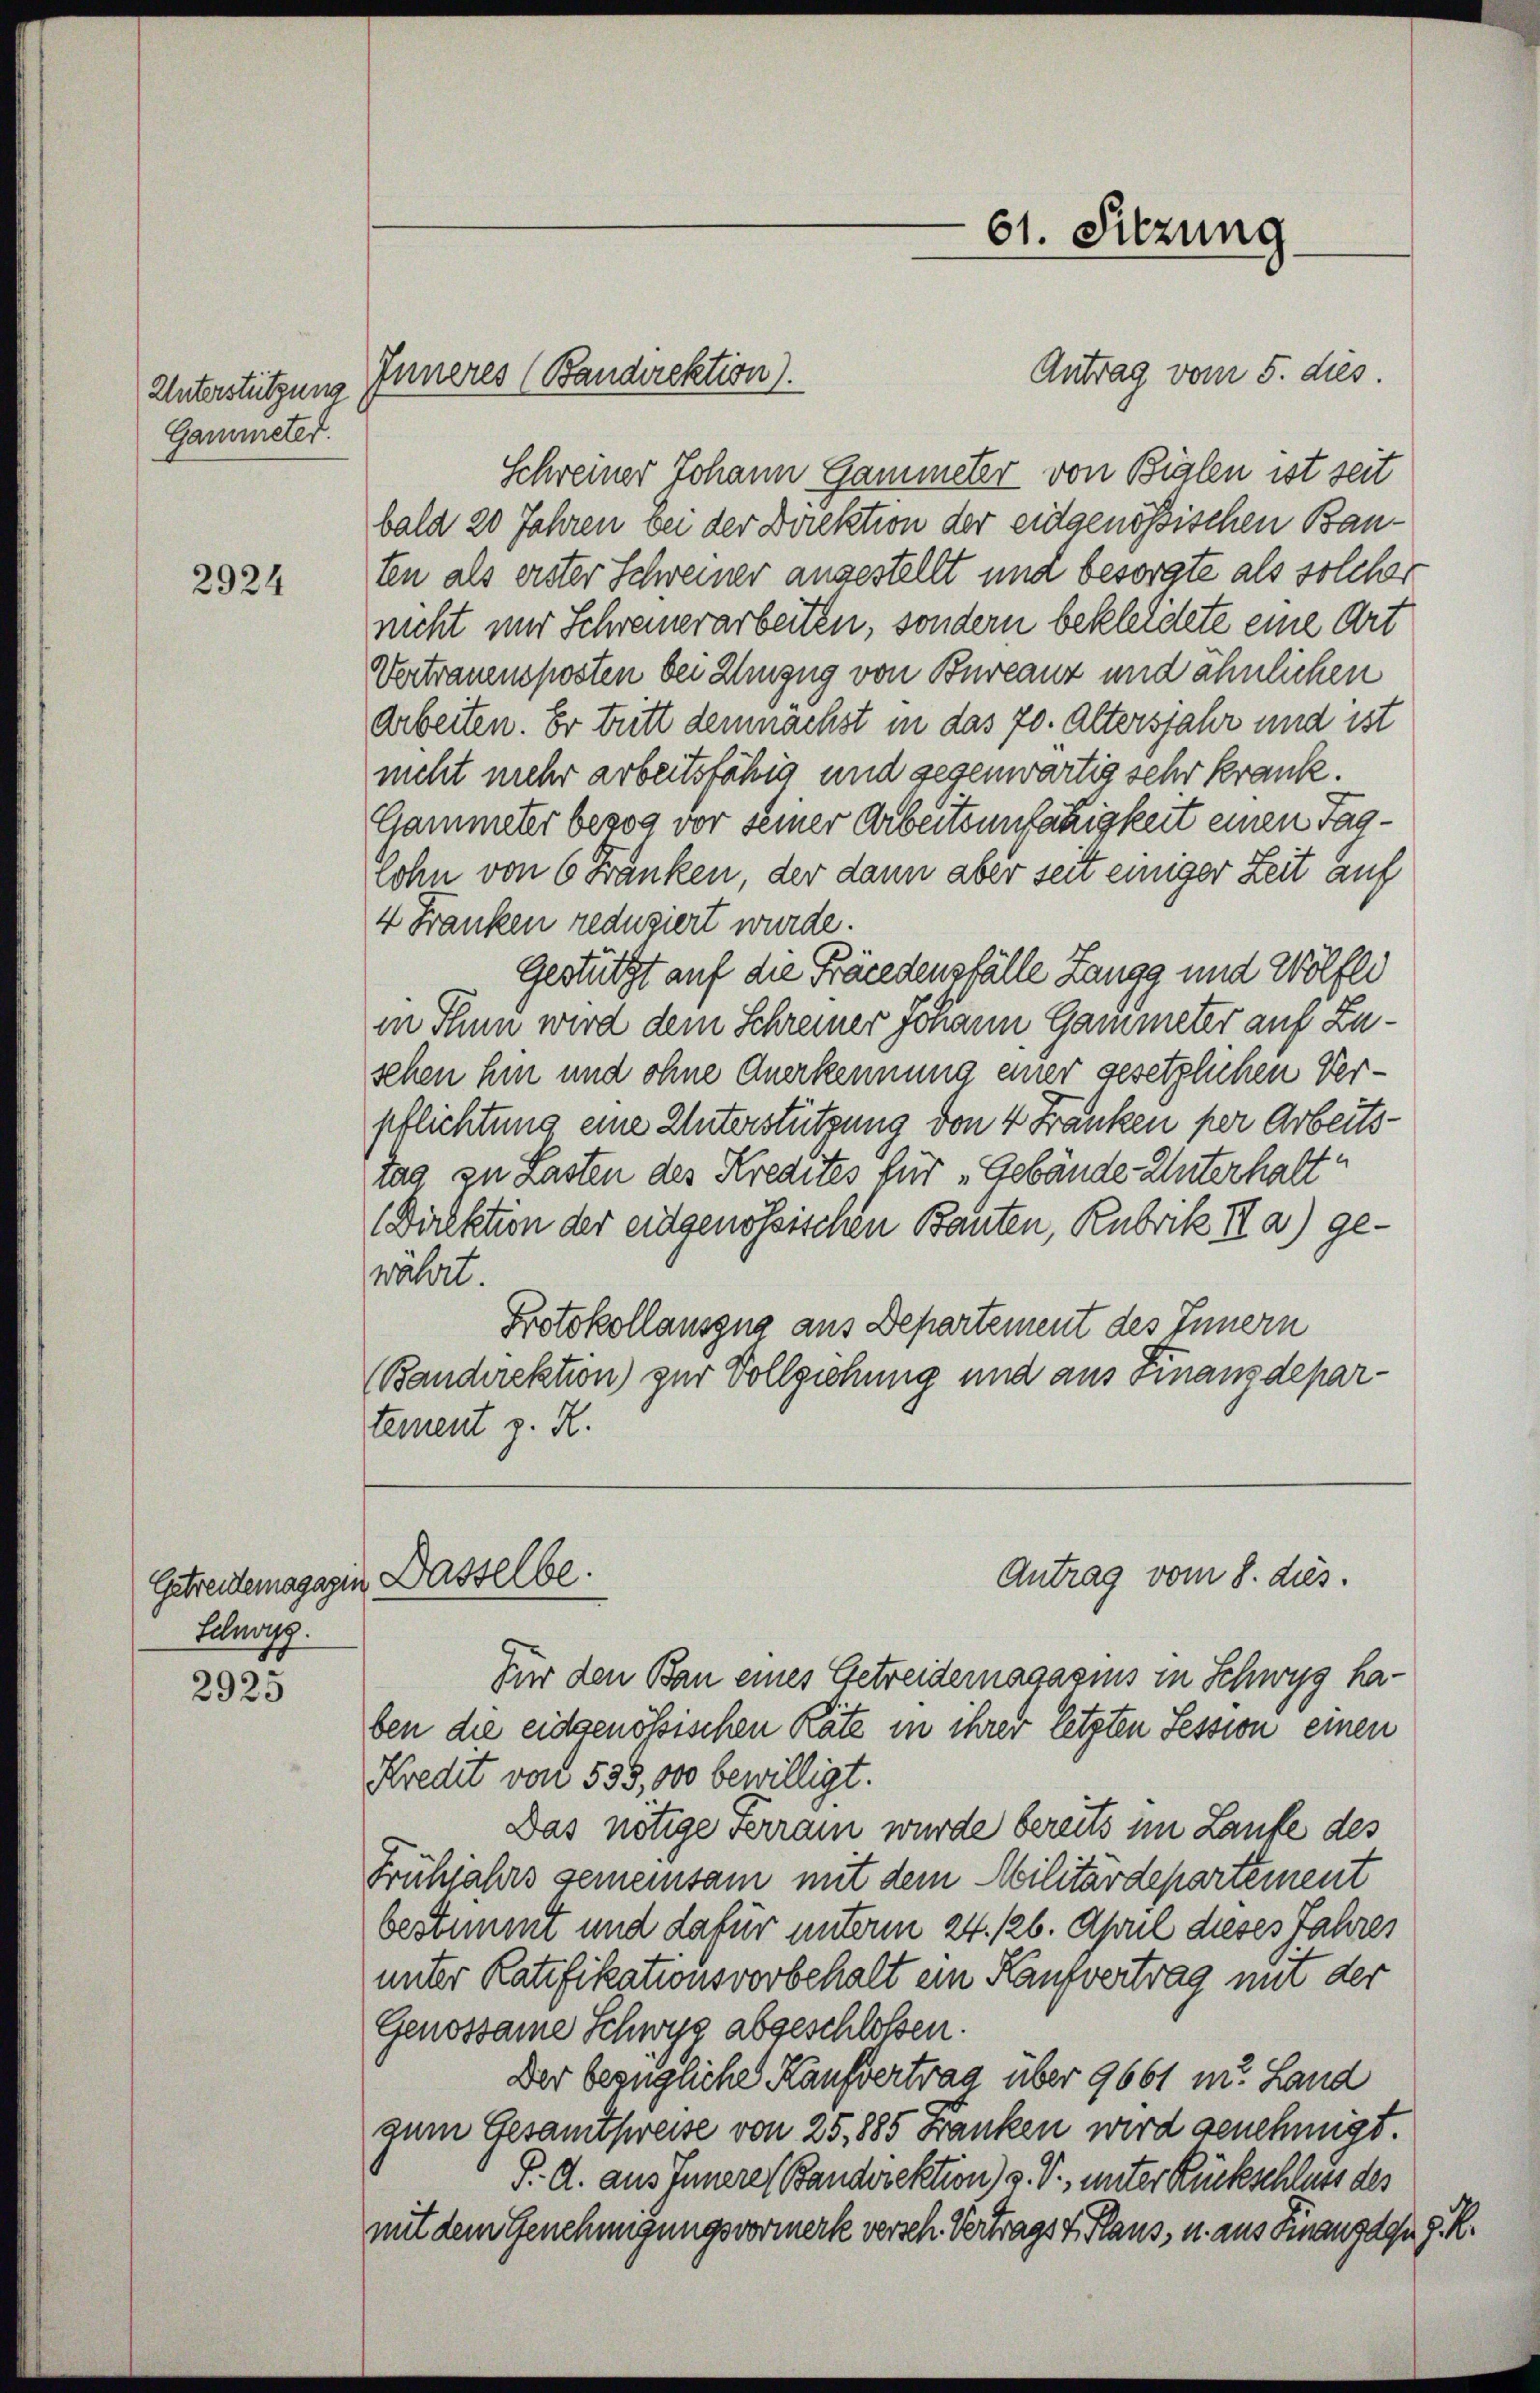
Unterstützung
Gammeter.

2924

Lelwig.

2925

Antrag vom 5. dies.
Schreiner Johann Gammeler von Bilen ist seit
bald 20 Jahren bei der Direktion der eidgenössischen Bauten als erster Schweiner angestellt und besorgte als solcher
nicht nur Schreinerarbeiten, sondern bekleidete eine Art
Vertrauenposten bei Zuzug von Bureauz und ähnlichen
Arbeiten. Er tritt demnächst in das 70. Altersjahr und ist
nicht mehr arbeitsfähig und gegenwärtig sehr krank.
Gammeter bezog vor seiner Arbeitsunfähigkeit einen Tag¬
Lohn von 6 Franken, der dann aber seit einiger Zeit auf
4 Franken reduziert wurde.
Gestützt auf die Fräcedensfälle Langg und Wölfli
in Thun wird dem Schreiner Johann Gammeter auf Zusehen hin und ohne Anerkennung einer gesetzlichen Verpflichtung eine Unterstützung den 4 Franken per Arbeitstag zu Lasten des Kredites für „Gebäude Unterhalt
Direktion der eidgenössischen Bauten, Rubrik IIa) gewährt.
Protokollauszug aus Departement des Innern
(Bandirektion) zur Vollziehung und aus Finanzdepartement z. R.

Antrag vom 8. dies
Für den Bau eines Getreidemagazins in Schwyz haben die eidgenössischen Räte in ihrer letzten Session einen
Kredit von 535,000 bewilligt.
Das nötige Ferrain wurde bereits im Laufe des
Frühjahrs gemeinsam mit dem Militärdepartement
bestimmt und dafür unterm 24. 126. April dieses Jahres
unter Ratifikationsvorbehalt ein Kaufvertrag mit der
Genossame Schwyz abgeschlossen.
Der bezügliche Kaufvertrag über 9661 in Land
zum Gesamtsweise von 25,885 Franken wird genehmigt.
P. A. aus Innere Bandirektion) v. V., unter Rückschluss des
mit dem Genehmigungsvormerk versch Vertrags 4. Klaus, u. aus Finanzagu P. R.

Getreitersgagen Dasselbe.

Inneres (Bandirektion).

61. Sitzung